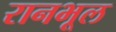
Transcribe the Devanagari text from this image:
रानभूल